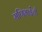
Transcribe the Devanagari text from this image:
मणिभाईंची